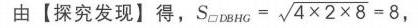
由【探究发现】得，\(S_{\square DBHG}=\sqrt{4\times2\times8}=8\)，